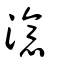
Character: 澺